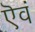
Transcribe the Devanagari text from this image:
ऎवं